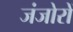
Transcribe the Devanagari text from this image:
जंजोरों